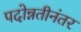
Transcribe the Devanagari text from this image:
पदोन्नतीनंतर